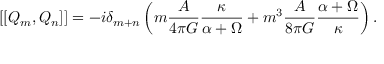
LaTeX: \left[ \left[ Q _ { m } , Q _ { n } \right] \right] = - i \delta _ { m + n } \left( m \frac { { \cal A } } { 4 \pi G } \frac { \kappa } { \alpha + \Omega } + m ^ { 3 } \frac { { \cal A } } { 8 \pi G } \frac { \alpha + \Omega } { \kappa } \right) .